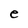
Character: e